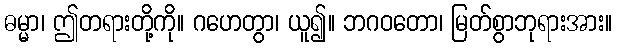
ဓမ္မာ၊ ဤတရားတို့ကို။ ဂဟေတွာ၊ ယူ၍။ ဘဂဝတော၊ မြတ်စွာဘုရားအား။